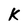
Character: K